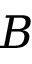
B